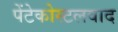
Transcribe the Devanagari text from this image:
पेंटेकोस्टलवाद